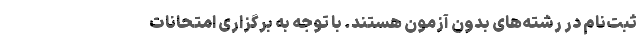
ثبت‌نام در رشته‌های بدون آزمون هستند. با توجه به برگزاری امتحانات